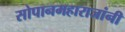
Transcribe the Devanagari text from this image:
सोपानमहाराजांनी